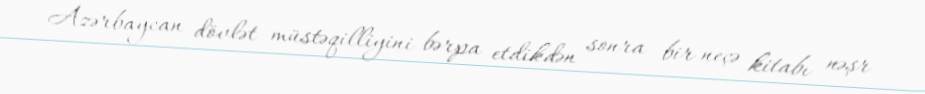
Azərbaycan dövlət müstəqilliyini bərpa etdikdən sonra bir neçə kitabı nəşr